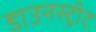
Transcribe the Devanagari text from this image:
डाउनस्ट्रीट